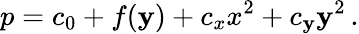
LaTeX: p=c_{0}+f(\mathbf{y})+c_{x}x^{2}+c_{\mathbf{y}}\mathbf{y}^{2}\, .